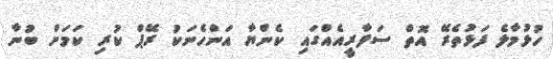
ހުޅުމާލެ ފަޅުތެރޭ އޮތް ސަފާރީއެއްގައި ކެންޔާ އަންހެނަކު ރޭޕް ކުރި ކަމަށް ބުނާ